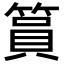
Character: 篔